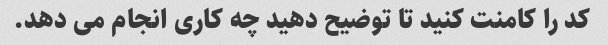
کد را کامنت کنید تا توضیح دهید چه کاری انجام می دهد.